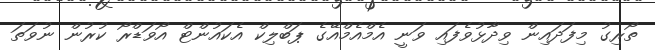
ތޯރިގު މިފަދައިން ވިދާޅުވެފައި ވަނީ އެމްއެމްއޭގެ ޕަބްލިކް އެކައުންޓް އޯވަޑްރޯ ކުރުން ނުވަތަ